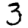
Digit: 3